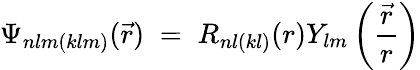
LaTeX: \Psi_{nlm(klm)}(\vec{r})\; =\; R_{nl(kl)}(r)Y_{lm}\left(\frac{\vec{r}}{r}\right)